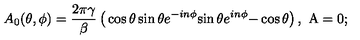
A _ { 0 } ( \theta , \phi ) = \frac { 2 \pi \gamma } { \beta } \left( \begin{matrix} { \cos \theta } & { \sin \theta e ^ { - i n \phi } } \\ { \sin \theta e ^ { i n \phi } } & { - \cos \theta } \\ \end{matrix} \right) , \ \mathrm { \boldmath A } = 0 ;